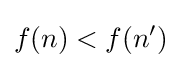
f(n)<f(n')